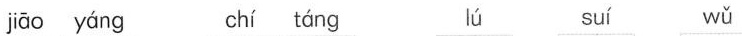
jāo yáng chí táng lú suí wǔ